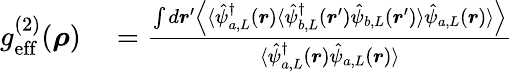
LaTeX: \begin{array}{rl}{g_{\mathrm{eff}}^{(2)}(\boldsymbol{\rho})}&{{}=\frac{\int d\boldsymbol{r}^{\prime}\left\langle\langle\hat{\psi}_{a,L}^{\dagger}(\boldsymbol{r})\langle\hat{\psi}_{b,L}^{\dagger}(\boldsymbol{r}^{\prime})\hat{\psi}_{b,L}(\boldsymbol{r}^{\prime})\rangle\hat{\psi}_{a,L}(\boldsymbol{r})\rangle\right\rangle}{\langle\hat{\psi}_{a,L}^{\dagger}(\boldsymbol{r})\hat{\psi}_{a,L}(\boldsymbol{r})\rangle}}\end{array}